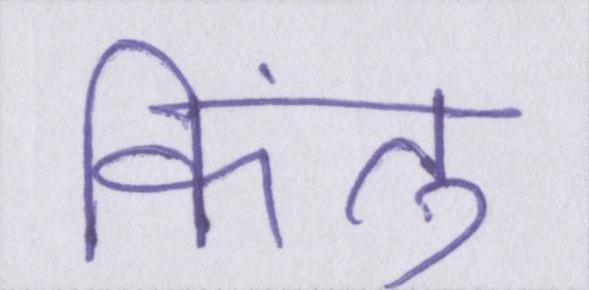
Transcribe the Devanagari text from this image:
किंतु